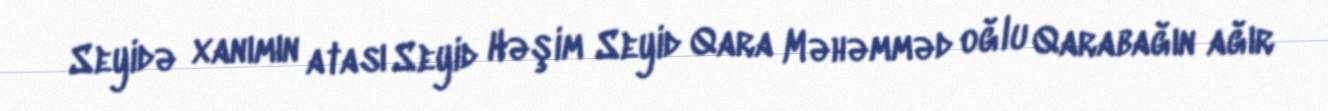
Seyidə xanımın atası Seyid Həşim Seyid Qara Məhəmməd oğlu Qarabağın ağır